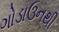
ગોડાઉનથી